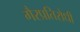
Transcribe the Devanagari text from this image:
गैरप्रतिरोधी